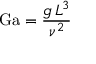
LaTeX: \mathrm { G a } = { \frac { g \, L ^ { 3 } } { \nu ^ { 2 } } }